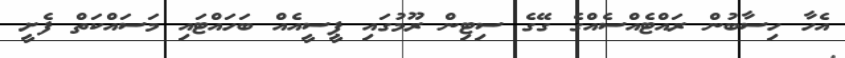
އެހާ ހިސާބުން ރައްޓެއްސެއްގެ ގޭގެ ސިޓިން ރޫމުގައި ޕީސީއެއް ބަހައްޓައި މަސައްކަތް ފެށީ